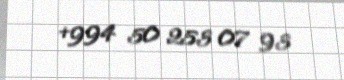
+994 50 253 07 93